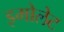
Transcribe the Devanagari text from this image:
इमोलेट